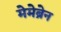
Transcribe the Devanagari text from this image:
मेमेब्रेन